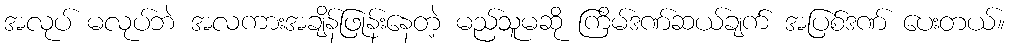
အလုပ် မလုပ်ဘဲ အလကားအချိန်ဖြုန်းနေတဲ့ မည်သူမဆို ကြိမ်ဒဏ်ဆယ်ချက် အပြစ်ဒဏ် ပေးတယ်။